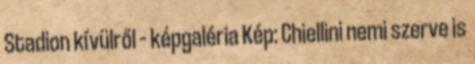
Stadion kívülről – képgaléria Kép: Chiellini nemi szerve is